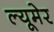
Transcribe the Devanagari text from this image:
ल्यूमेर